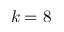
k = 8